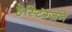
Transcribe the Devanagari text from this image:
हेस्टिंग्जने